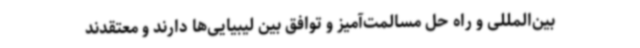
بین‌المللی و راه حل مسالمت‌آمیز و توافق بین لیبیایی‌ها دارند و معتقدند